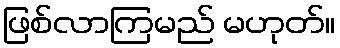
ဖြစ်လာကြမည် မဟုတ်။